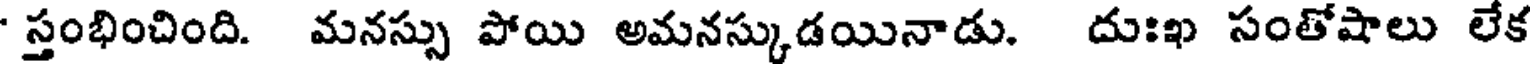
' స్తంభించింది. మనస్సు పోయి అమనస్కుడయినాడు. దుఃఖ సంతోషాలు లేక